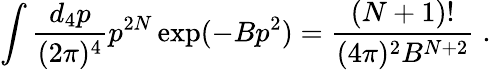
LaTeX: \int\frac{d_{4}p}{(2\pi)^{4}}p^{2N}\exp(-Bp^{2})=\frac{(N+1)!}{(4\pi)^{2}B^{N+2}}\; .